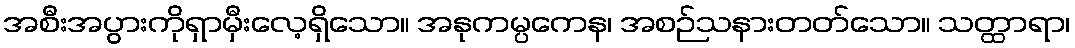
အစီးအပွားကိုရှာမှီးလေ့ရှိသော။ အနုကမ္ပကေန၊ အစဉ်သနားတတ်သော။ သတ္ထာရာ၊